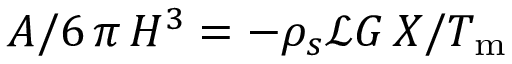
A / 6 \, \pi \, H ^ { 3 } = - \rho _ { s } \mathcal { L } G \, X / T _ { \mathrm { m } }